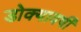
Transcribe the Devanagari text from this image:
डोक्यावर्षी